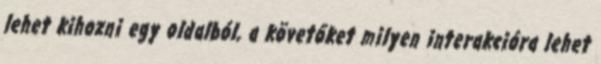
lehet kihozni egy oldalból, a követőket milyen interakcióra lehet